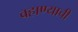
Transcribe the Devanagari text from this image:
वहाण्याची